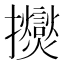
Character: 𫾠